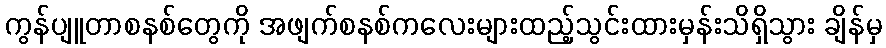
ကွန်ပျူတာစနစ်တွေကို အဖျက်စနစ်ကလေးများထည့်သွင်းထားမှန်းသိရှိသွား ချိန်မှ